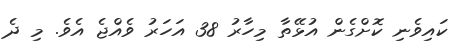
ކައިވެނި ކޮށްގެން އުޅޭތާ މިހާރު 38 އަހަރު ވެއްޖެ އެވެ. މި ދެ